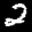
Label: 2